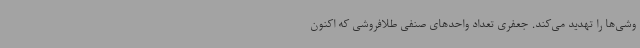
وشی‌ها را تهدید می‌کند. جعفری تعداد واحدهای صنفی طلافروشی که اکنون